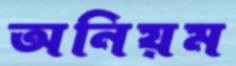
অনিয়ম